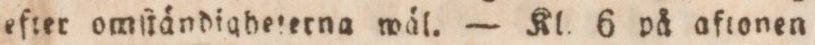
efter omſtändigbeterna wäl. — Kl. 6 på aftonen